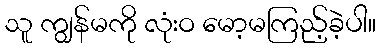
သူ ကျွန်မကို လုံးဝ မော့မကြည့်ခဲ့ပါ။